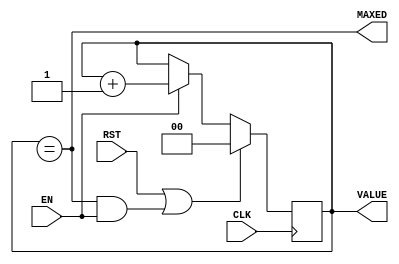
`timescale 1ns / 1ps

module counter #(parameter MAX = 1'bX) (
	input CLK,
	input RST,
	input EN,
	output [$clog2(MAX)-1:0] VALUE,
	output MAXED
	);

	reg [$clog2(MAX)-1:0] value = 0;
	assign VALUE = value;
	
	assign MAXED = (value==MAX);
	
	always@(posedge CLK)
	begin
		if(RST|(MAXED&EN))
			value <= 0;
		else if(EN)
			value <= value + 1'b1;
	end

endmodule